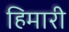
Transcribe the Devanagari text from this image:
हिमारी